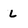
Character: L